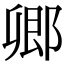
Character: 𨜊